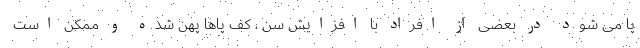
پا می شود در بعضی از افراد با افزایش سن ، کف پاها پهن شده و ممکن است